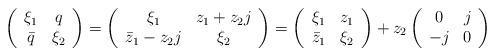
LaTeX: \begin{align*} \left( \begin{array}{cc} \xi_1 & q\\ \bar q & \xi_2 \end{array} \right) = \left( \begin{array}{cc} \xi_1 & z_1+z_2j\\ \bar z_1-z_2j & \xi_2 \end{array} \right) = \left( \begin{array}{cc} \xi_1 & z_1\\ \bar z_1 & \xi_2 \end{array} \right ) + z_2 \left( \begin{array}{cc} 0 & j\\ -j & 0 \end{array} \right) \end{align*}